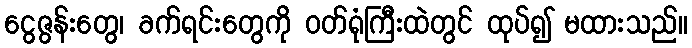
ငွေဇွန်းတွေ၊ ခက်ရင်းတွေကို ဝတ်ရုံကြီးထဲတွင် ထုပ်၍ မထားသည်။